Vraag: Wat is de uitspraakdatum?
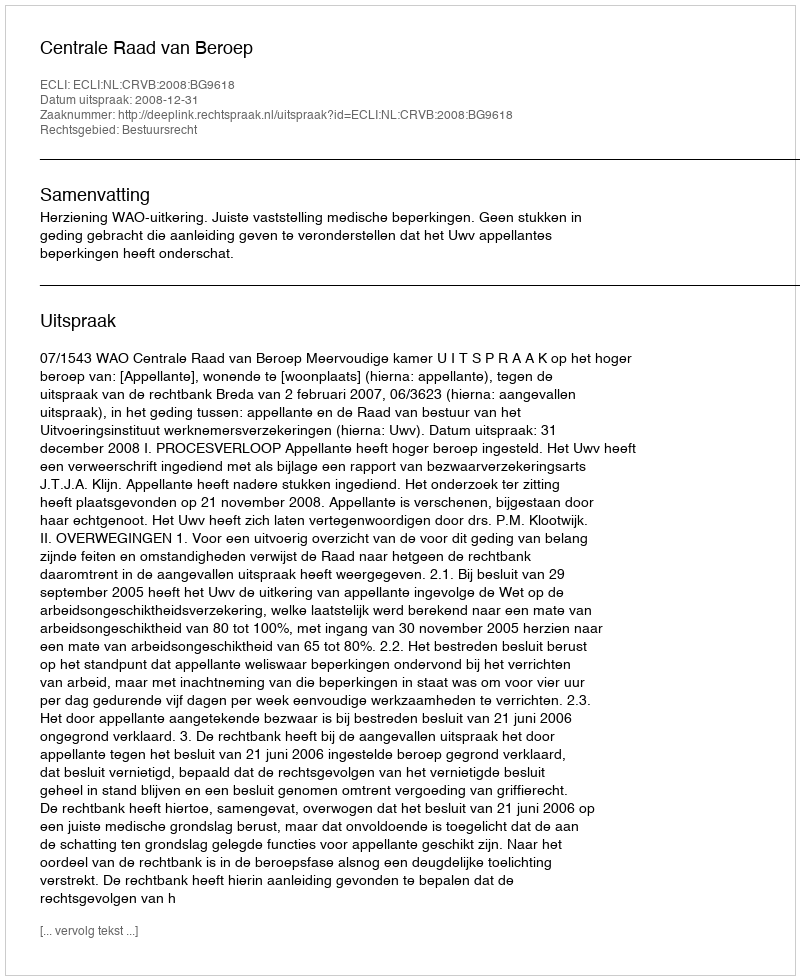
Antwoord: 2008-12-31